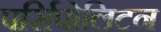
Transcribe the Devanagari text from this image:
पर्सिपोलिटन